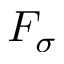
F _ { \sigma }